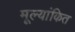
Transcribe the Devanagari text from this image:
मूल्‍यांकित